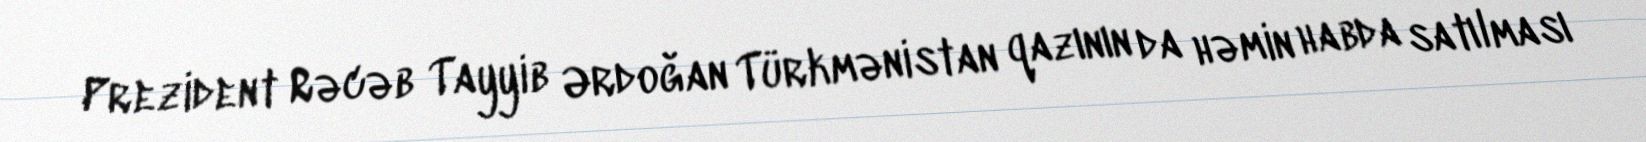
Prezident Rəcəb Tayyib Ərdoğan Türkmənistan qazının da həmin habda satılması